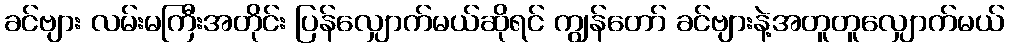
ခင်ဗျား လမ်းမကြီးအတိုင်း ပြန်လျှောက်မယ်ဆိုရင် ကျွန်တော် ခင်ဗျားနဲ့အတူတူလျှောက်မယ်